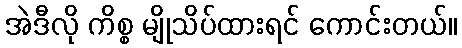
အဲဒီလို ကိစ္စ မျိုသိပ်ထားရင် ကောင်းတယ်။